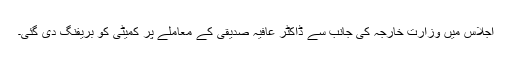
اجلاس میں وزارت خارجہ کی جانب سے ڈاکٹر عافیہ صدیقی کے معاملے پر کمیٹی کو بریفنگ دی گئی۔